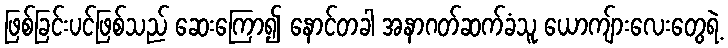
ဖြစ်ခြင်းပင်ဖြစ်သည် ဆေးကြော၍ နောင်တခါ အနာဂတ်ဆက်ခံသူ ယောကျ်ားလေးတွေရဲ့